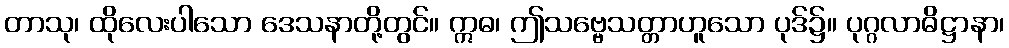
တာသု၊ ထိုလေးပါသော ဒေသနာတို့တွင်။ ဣဓ၊ ဤသဗ္ဗေသတ္တာဟူသော ပုဒ်၌။ ပုဂ္ဂလာဓိဋ္ဌာနာ၊